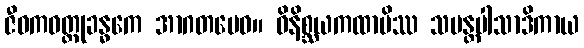
ဇီဝကဝတ္ထုခန္ဓကေ အာဂတမေဝ။ ဝိနိစ္ဆယကထာပိဿ သမန္တပါသာဒိကာယ